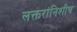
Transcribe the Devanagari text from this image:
लक्तरांनिशीच